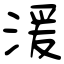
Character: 湲